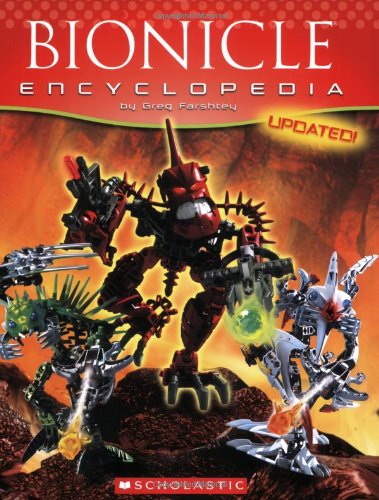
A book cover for Bionicle Encyclopedia; Greg Farshtey; Reference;